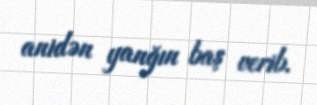
anidən yanğın baş verib.